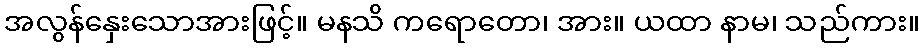
အလွန်နှေးသောအားဖြင့်။ မနသိ ကရောတော၊ အား။ ယထာ နာမ၊ သည်ကား။